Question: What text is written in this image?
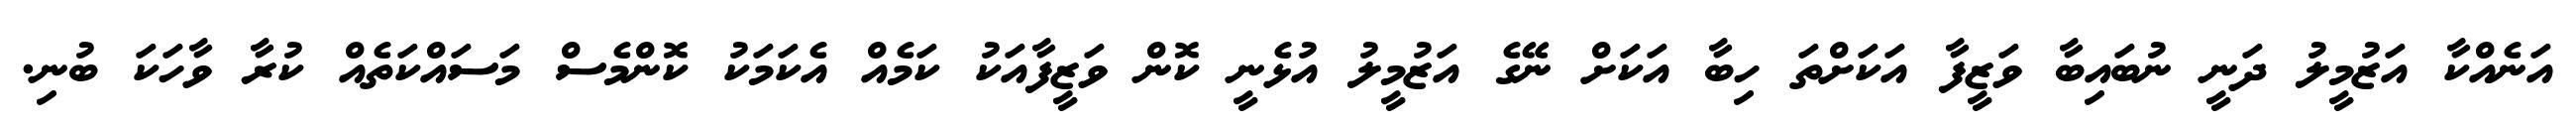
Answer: އަނެއްކާ އަޒުމީލު ދަނީ ނުބައިބާ ވަޒީފާ އަކަށްތަ ހިބާ އަކަށް ނޭގެ އަޒުމީލު އުޅެނީ ކޮން ވަޒީފާއަކު ކަމެއް އެކަމަކު ކޮންމެސް މަސައްކަތެއް ކުރާ ވާހަކަ ބުނި.